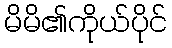
မိမိ၏ကိုယ်ပိုင်